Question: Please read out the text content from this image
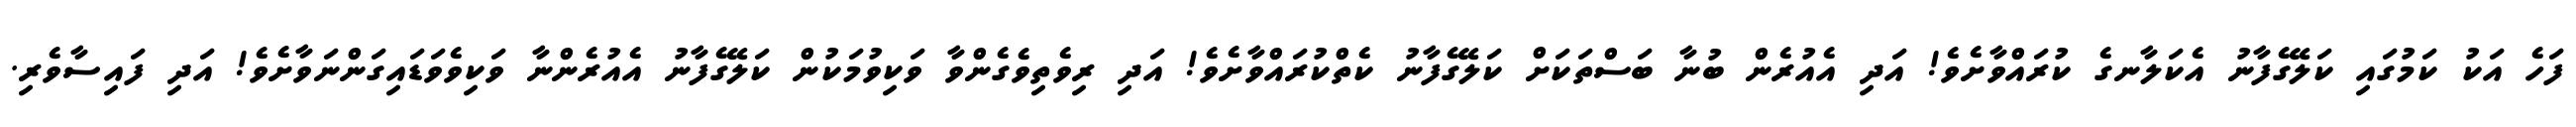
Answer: ފަހެ އަކު ކަމުގައި ކަލޭގެފާނު އެކަލާނގެ ކުރައްވާށެވެ! އަދި އެއުރެން ބުނާ ބަސްތަކަށް ކަލޭގެފާނު ކެތްކުރައްވާށެވެ! އަދި ރިވެތިވެގެންވާ ވަކިވުމަކުން ކަލޭގެފާނު އެއުރެންނާ ވަކިވެވަޑައިގަންނަވާށެވެ! އަދި ފައިސާވެރި.